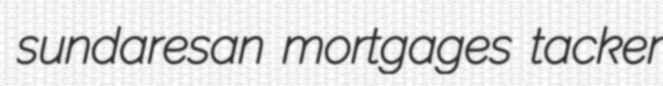
sundaresan mortgages tacker